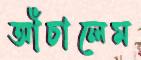
আঁচালেম